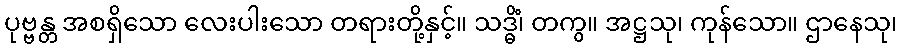
ပုဗ္ဗန္တ အစရှိသော လေးပါးသော တရားတို့နှင့်။ သဒ္ဓိံ၊ တကွ။ အဋ္ဌသု၊ ကုန်သော။ ဌာနေသု၊